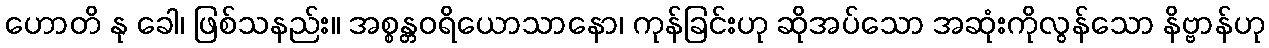
ဟောတိ နု ခေါ၊ ဖြစ်သနည်း။ အစ္စန္တဝရိယောသာနော၊ ကုန်ခြင်းဟု ဆိုအပ်သော အဆုံးကိုလွန်သော နိဗ္ဗာန်ဟု